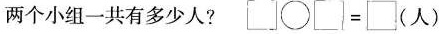
两个小组一共有多少人? $$\Box \circ \Box = \Box ( 人 )$$